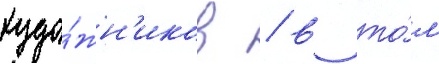
худо́жн'иков / в то́м